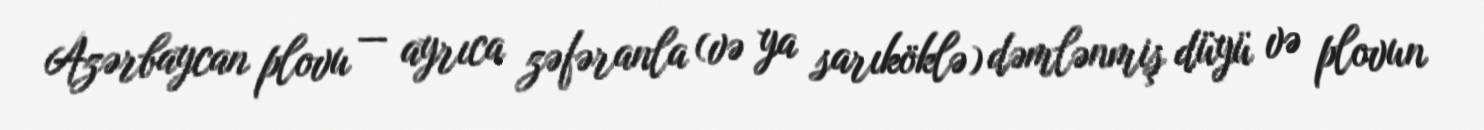
Azərbaycan plovu — ayrıca zəfəranla (və ya sarıköklə) dəmlənmiş düyü və plovun